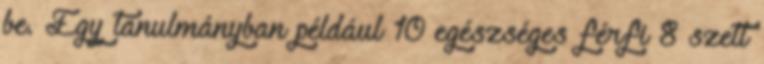
be. Egy tanulmányban például 10 egészséges férfi 8 szett